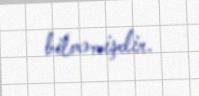
bilməmişdir.